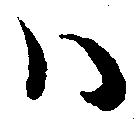
ハ